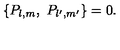
\{ P _ { l , m } , \ P _ { l ^ { \prime } , m ^ { \prime } } \} = 0 .